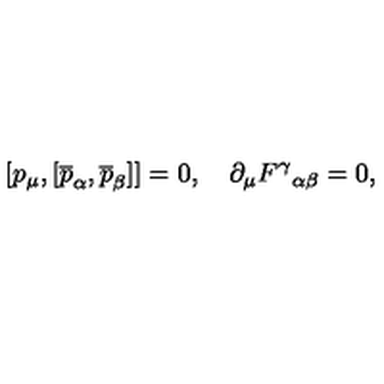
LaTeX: [ p _ { \mu } , [ \overline { { p } } _ { \alpha } , \overline { { p } } _ { \beta } ] ] = 0 , \quad \partial _ { \mu } F ^ { \gamma } { } _ { \alpha \beta } = 0 ,